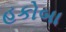
હકોબા